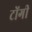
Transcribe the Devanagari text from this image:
टोंगी